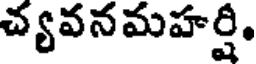
చ్యవనమహర్షి,